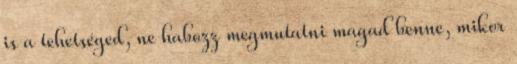
is a tehetséged, ne habozz megmutatni magad benne, mikor